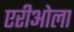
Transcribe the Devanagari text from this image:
एरीओला